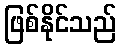
ဖြစ်နိုင်သည်